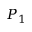
P _ { 1 }